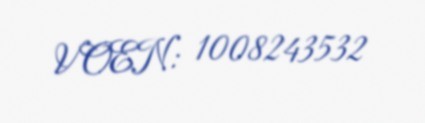
VOEN: 1008243532